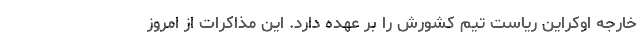
خارجه اوکراین ریاست تیم کشورش را بر عهده دارد. این مذاکرات از امروز